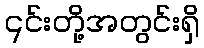
၎င်းတို့အတွင်းရှိ